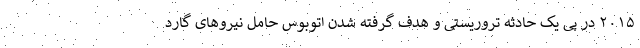
۲۰۱۵ در پی یک حادثه تروریستی و هدف گرفته شدن اتوبوس حامل نیروهای گارد